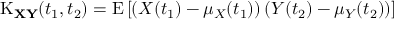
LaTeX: \operatorname { K } _ { \mathbf { X } \mathbf { Y } } ( t _ { 1 } , t _ { 2 } ) = \operatorname { E } \left[ \left( X ( t _ { 1 } ) - \mu _ { X } ( t _ { 1 } ) \right) \left( Y ( t _ { 2 } ) - \mu _ { Y } ( t _ { 2 } ) \right) \right]